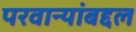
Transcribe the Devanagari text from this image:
परवान्यांबद्दल